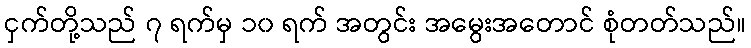
ငှက်တို့သည် ၇ ရက်မှ ၁၀ ရက် အတွင်း အမွေးအတောင် စုံတတ်သည်။